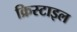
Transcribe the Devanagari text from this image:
क्रिस्टाइल